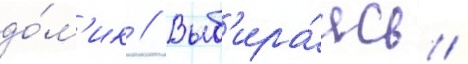
до́м'ик // Выб'ира́ясь /